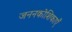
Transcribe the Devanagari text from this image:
जननकोशिकाएँ